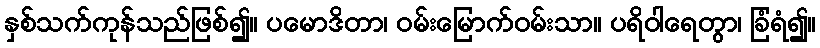
နှစ်သက်ကုန်သည်ဖြစ်၍။ ပမောဒိတာ၊ ဝမ်းမြောက်ဝမ်းသာ။ ပရိဝါရေတွာ၊ ခြံရံ၍။